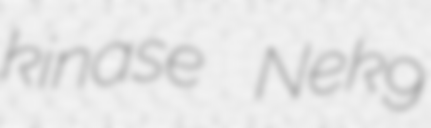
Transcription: kinase Nek9